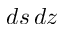
d s \, d z